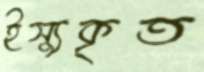
ইস্যুকৃত